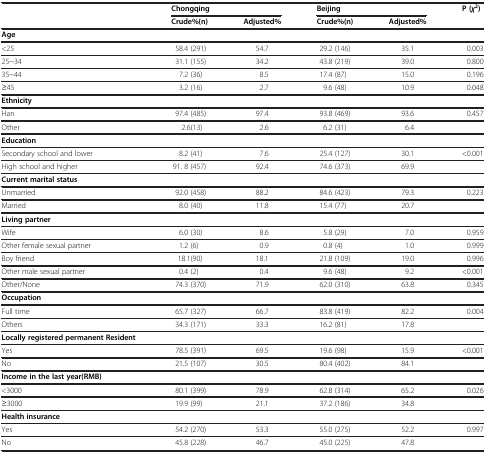
<table><thead><tr><td rowspan="2"><b> </b></td><td><b>Chongqing</b></td><td><b> </b></td><td><b>Beijing</b></td><td><b> </b></td><td><b>P (<i>χ</i><sup>2</sup>)</b></td></tr><tr><td><b>Crude%(n)</b></td><td><b>Adjusted%</b></td><td><b>Crude%(n)</b></td><td><b>Adjusted%</b></td><td><b> </b></td></tr></thead><tbody><tr><td><b>Age</b></td><td> </td><td> </td><td> </td><td> </td><td> </td></tr><tr><td>&lt;25</td><td>58.4 (291)</td><td>54.7</td><td>29.2 (146)</td><td>35.1</td><td>0.003</td></tr><tr><td>25~34</td><td>31.1 (155)</td><td>34.2</td><td>43.8 (219)</td><td>39.0</td><td>0.800</td></tr><tr><td>35~44</td><td>7.2 (36)</td><td>8.5</td><td>17.4 (87)</td><td>15.0</td><td>0.196</td></tr><tr><td>≥45</td><td>3.2 (16)</td><td>2.7</td><td>9.6 (48)</td><td>10.9</td><td>0.048</td></tr><tr><td><b>Ethnicity</b></td><td> </td><td> </td><td> </td><td> </td><td> </td></tr><tr><td>Han</td><td>97.4 (485)</td><td>97.4</td><td>93.8 (469)</td><td>93.6</td><td>0.457</td></tr><tr><td>Other</td><td>2.6(13)</td><td>2.6</td><td>6.2 (31)</td><td>6.4</td><td> </td></tr><tr><td><b>Education</b></td><td> </td><td> </td><td> </td><td> </td><td> </td></tr><tr><td>Secondary school and lower</td><td>8.2 (41)</td><td>7.6</td><td>25.4 (127)</td><td>30.1</td><td>&lt;0.001</td></tr><tr><td>High school and higher</td><td>91. 8 (457)</td><td>92.4</td><td>74.6 (373)</td><td>69.9</td><td> </td></tr><tr><td><b>Current marital status</b></td><td> </td><td> </td><td> </td><td> </td><td> </td></tr><tr><td>Unmarried</td><td>92.0 (458)</td><td>88.2</td><td>84.6 (423)</td><td>79.3</td><td>0.223</td></tr><tr><td>Married</td><td>8.0 (40)</td><td>11.8</td><td>15.4 (77)</td><td>20.7</td><td> </td></tr><tr><td><b>Living partner</b></td><td> </td><td> </td><td> </td><td> </td><td> </td></tr><tr><td>Wife</td><td>6.0 (30)</td><td>8.6</td><td>5.8 (29)</td><td>7.0</td><td>0.959</td></tr><tr><td>Other female sexual partner</td><td>1.2 (6)</td><td>0.9</td><td>0.8 (4)</td><td>1.0</td><td>0.999</td></tr><tr><td>Boy friend</td><td>18.1(90)</td><td>18.1</td><td>21.8 (109)</td><td>19.0</td><td>0.996</td></tr><tr><td>Other male sexual partner</td><td>0.4 (2)</td><td>0.4</td><td>9.6 (48)</td><td>9.2</td><td>&lt;0.001</td></tr><tr><td>Other/None</td><td>74.3 (370)</td><td>71.9</td><td>62.0 (310)</td><td>63.8</td><td>0.345</td></tr><tr><td><b>Occupation</b></td><td> </td><td> </td><td> </td><td> </td><td> </td></tr><tr><td>Full time</td><td>65.7 (327)</td><td>66.7</td><td>83.8 (419)</td><td>82.2</td><td>0.004</td></tr><tr><td>Others</td><td>34.3 (171)</td><td>33.3</td><td>16.2 (81)</td><td>17.8</td><td> </td></tr><tr><td><b>Locally registered permanent Resident</b></td><td> </td><td> </td><td> </td><td> </td><td> </td></tr><tr><td>Yes</td><td>78.5 (391)</td><td>69.5</td><td>19.6 (98)</td><td>15.9</td><td>&lt;0.001</td></tr><tr><td>No</td><td>21.5 (107)</td><td>30.5</td><td>80.4 (402)</td><td>84.1</td><td> </td></tr><tr><td><b>Income in the last year(RMB)</b></td><td> </td><td> </td><td> </td><td> </td><td> </td></tr><tr><td>&lt;3000</td><td>80.1 (399)</td><td>78.9</td><td>62.8 (314)</td><td>65.2</td><td>0.026</td></tr><tr><td>≥3000</td><td>19.9 (99)</td><td>21.1</td><td>37.2 (186)</td><td>34.8</td><td> </td></tr><tr><td><b>Health insurance</b></td><td> </td><td> </td><td> </td><td> </td><td> </td></tr><tr><td>Yes</td><td>54.2 (270)</td><td>53.3</td><td>55.0 (275)</td><td>52.2</td><td>0.997</td></tr><tr><td>No</td><td>45.8 (228)</td><td>46.7</td><td>45.0 (225)</td><td>47.8</td><td> </td></tr></tbody></table>